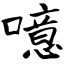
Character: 噫